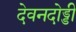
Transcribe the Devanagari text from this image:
देवनदोड्डी